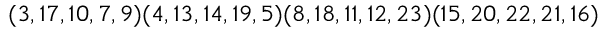
( 3 , 1 7 , 1 0 , 7 , 9 ) ( 4 , 1 3 , 1 4 , 1 9 , 5 ) ( 8 , 1 8 , 1 1 , 1 2 , 2 3 ) ( 1 5 , 2 0 , 2 2 , 2 1 , 1 6 )